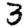
Digit: 3